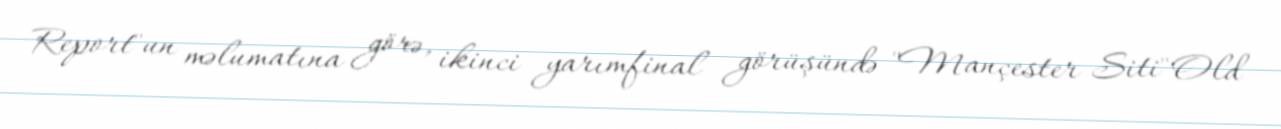
Report"un məlumatına görə, ikinci yarımfinal görüşündə "Mançester Siti"Old